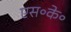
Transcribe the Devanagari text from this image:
एस॰के॰